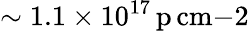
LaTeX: \sim 1.1\times 10^{17}\, \mathrm{p\, cm{-2}}